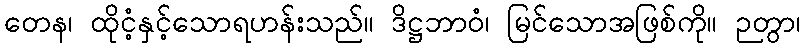
တေန၊ ထိုငံ့နှင့်သောရဟန်းသည်။ ဒိဋ္ဌဘာဝံ၊ မြင်သောအဖြစ်ကို။ ဉတွာ၊